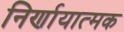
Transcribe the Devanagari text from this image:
निर्णायात्मक